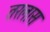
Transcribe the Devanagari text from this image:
तरलास